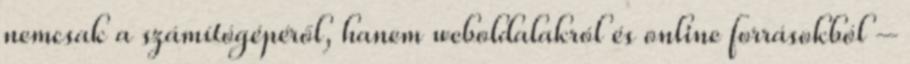
nemcsak a számítógépéről, hanem weboldalakról és online forrásokból –